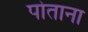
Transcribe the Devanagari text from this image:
पोताना